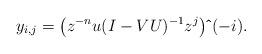
LaTeX: \begin{align*}y_{i,j}= \left( z^{-n}u(I-VU)^{-1}z^{j} \right)\mathbf{\hat{}}\,(-i). \newline\end{align*}